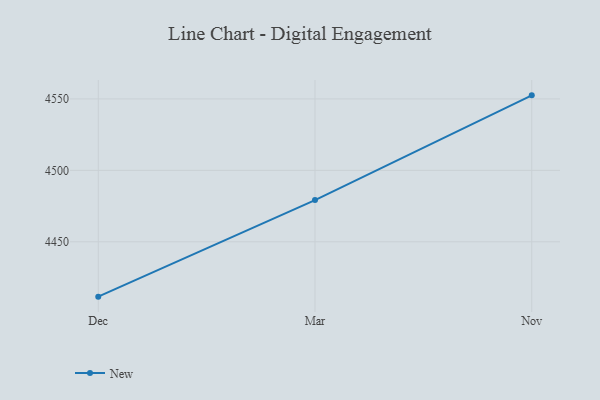
{"axis": {"x": "Month", "y": "Latency (ms)"}, "legend": ["New"], "data": [{"x": "Dec", "y": 4411.6, "type": "New"}, {"x": "Mar", "y": 4479.2, "type": "New"}, {"x": "Nov", "y": 4552.5, "type": "New"}]}